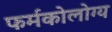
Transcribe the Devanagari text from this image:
फर्मकोलोग्य